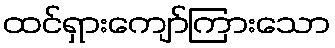
ထင်ရှားကျော်ကြားသော